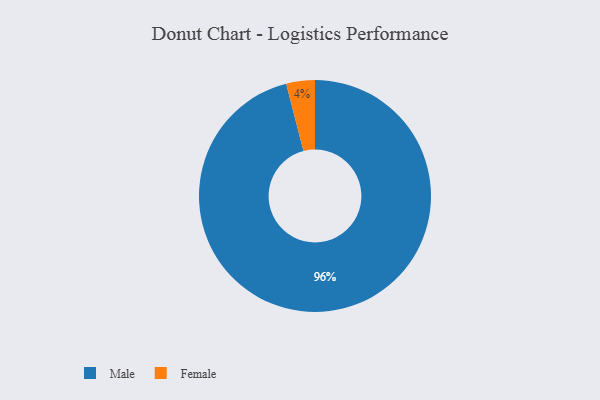
{"axis": {"x": "Category", "y": "Percentage"}, "legend": ["Female", "Male"], "data": [{"x": "Female", "y": 4, "type": "Female"}, {"x": "Male", "y": 96, "type": "Male"}]}